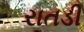
રાતડી